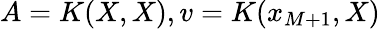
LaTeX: A=K(X,X),v=K(x_{M+1},X)